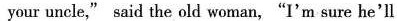
your uncle," said the old woman,"I'm sure he'll